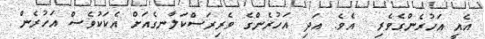
އެއީ އަހުރެންގެވެރި  އެވެ. އަދި އަހުރެންގެ ވެރިރަސްކަލާނގެއަށް އެކަކުވެސް އަހުރެން